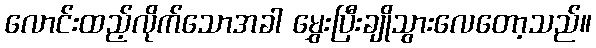
လောင်းထည့်လိုက်သောအခါ မွှေးပြီးချိုသွားလေတော့သည်။